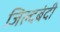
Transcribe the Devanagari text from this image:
जिल्दबंदी